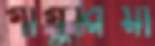
গাগুরিয়া